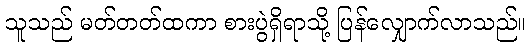
သူသည် မတ်တတ်ထကာ စားပွဲရှိရာသို့ ပြန်လျှောက်လာသည်။